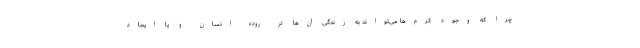
چرا که وجود کرم‌ها می‌تواند به زندگی آن‌ها در روده انسان و یا ایجاد